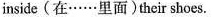
inside (在……里面) their shoes。